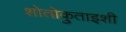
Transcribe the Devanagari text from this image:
शोतोकुताइशी